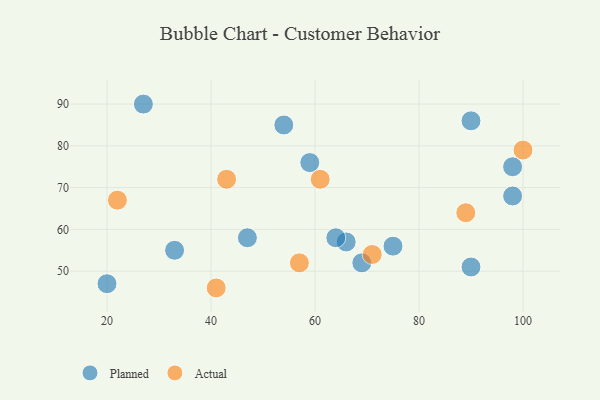
{"axis": {"x": "GDP", "y": "Life Expectancy"}, "legend": ["Actual", "Planned"], "data": [{"x": "75", "y": 56, "type": "Planned"}, {"x": "20", "y": 47, "type": "Planned"}, {"x": "54", "y": 85, "type": "Planned"}, {"x": "98", "y": 68, "type": "Planned"}, {"x": "33", "y": 55, "type": "Planned"}, {"x": "47", "y": 58, "type": "Planned"}, {"x": "69", "y": 52, "type": "Planned"}, {"x": "66", "y": 57, "type": "Planned"}, {"x": "98", "y": 75, "type": "Planned"}, {"x": "64", "y": 58, "type": "Planned"}, {"x": "90", "y": 86, "type": "Planned"}, {"x": "59", "y": 76, "type": "Planned"}, {"x": "90", "y": 51, "type": "Planned"}, {"x": "27", "y": 90, "type": "Planned"}, {"x": "43", "y": 72, "type": "Actual"}, {"x": "41", "y": 46, "type": "Actual"}, {"x": "57", "y": 52, "type": "Actual"}, {"x": "71", "y": 54, "type": "Actual"}, {"x": "89", "y": 64, "type": "Actual"}, {"x": "100", "y": 79, "type": "Actual"}, {"x": "61", "y": 72, "type": "Actual"}, {"x": "22", "y": 67, "type": "Actual"}]}